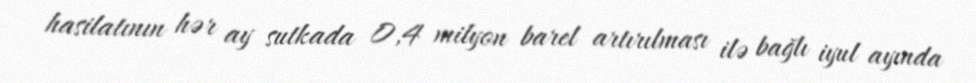
hasilatının hər ay sutkada 0,4 milyon barel artırılması ilə bağlı iyul ayında